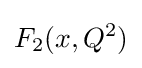
F_{2}(x,Q^{2})